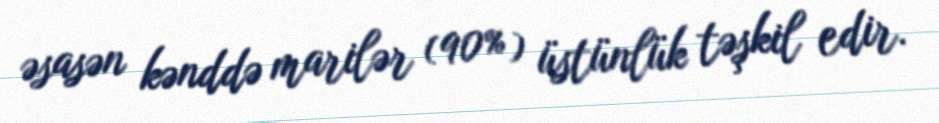
əsasən kənddə marilər (90%) üstünlük təşkil edir.